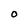
Character: O